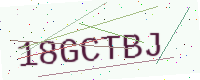
Text: 18GCTBJ